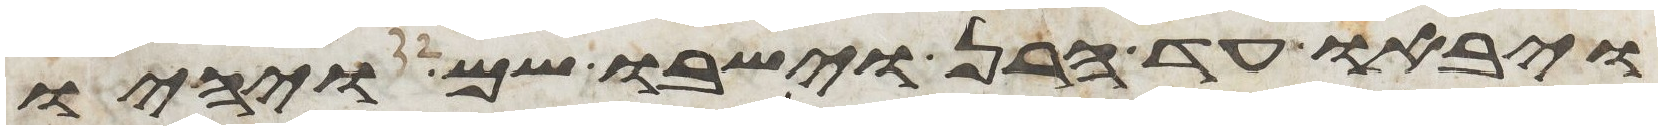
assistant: ויבאו עד חרן וישבו שם ויהיו